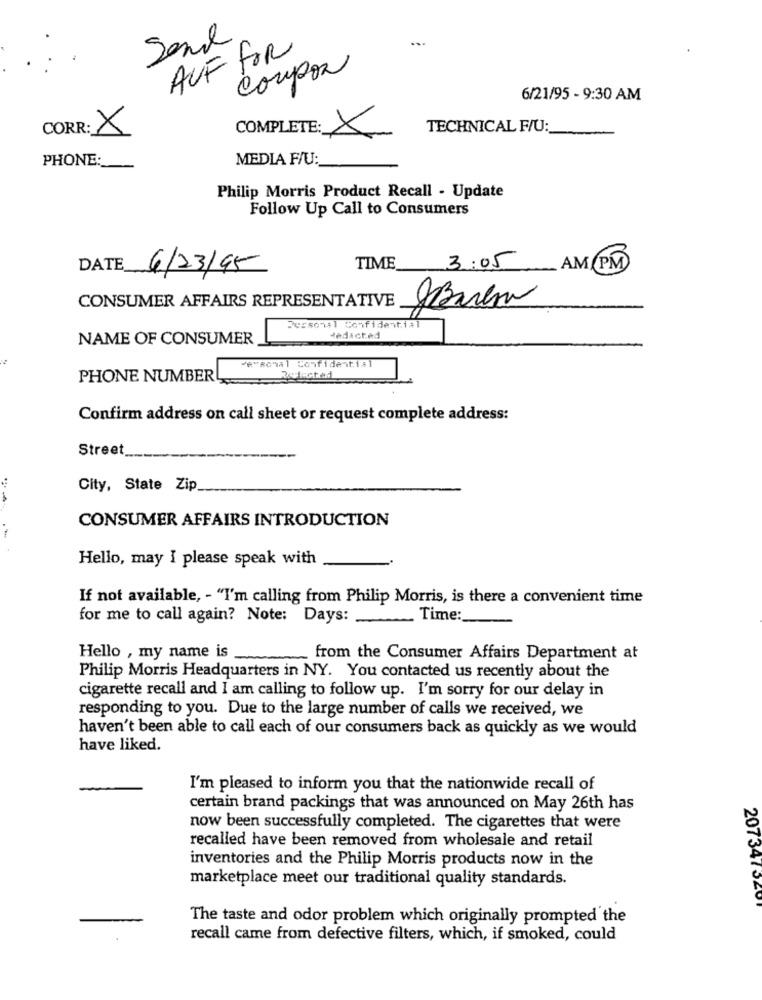
Sand
AUF FOR
Coupon
6/21/95 - 9:30 AM
COR: X
TECHNICAL F/U:
COMPLETE: X
PHONE:
MEDIA F/U:
Philip Morris Product Recall - Update
Follow Up Call to Consumers
TIME
3:05
AM PM
DATE 6/23/95
CONSUMER AFFAIRS REPRESENTATIVE Barem
Personal Confidential
NAME OF CONSUMER
Redacted
PHONE NUMBER
Confirm address on call sheet or request complete address:
Street
City, State Zip
CONSUMER AFFAIRS INTRODUCTION
Hello, may I please speak with
If not available, - "I'm calling from Philip Morris, is there a convenient time
for me to call again? Note: Days:
.Time:
Hello , my name is
from the Consumer Affairs Department at
Philip Morris Headquarters in NY. You contacted us recently about the
cigarette recall and I am calling to follow up. I'm sorry for our delay in
responding to you. Due to the large number of calls we received, we
haven't been able to call each of our consumers back as quickly as we would
have liked.
I'm pleased to inform you that the nationwide recall of
certain brand packings that was announced on May 26th has
now been successfully completed. The cigarettes that were
recalled have been removed from wholesale and retail
inventories and the Philip Morris products now in the
marketplace meet our traditional quality standards.
2073475201
The taste and odor problem which originally prompted the
recall came from defective filters, which, if smoked, could